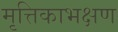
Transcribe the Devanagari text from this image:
मृत्तिकाभक्षण